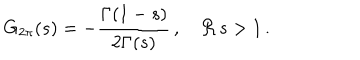
G _ { 2 \pi } ( s ) = - \frac { \Gamma ( 1 - s ) } { 2 \Gamma ( s ) } \, , \quad \Re \, s > 1 \, .